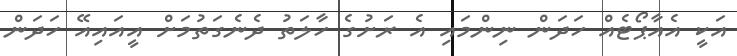
އަކީ އެއާޕޯޓެއް ހަދަން ނިންމައި އެ ރަށުގެ ހާލަތު ދެނެގަތުމަށް އީއައިއޭ ހަދަން